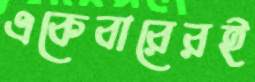
একেবারেরই